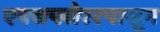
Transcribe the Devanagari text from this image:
एक्सप्लोररपासून